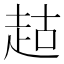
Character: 𬦉